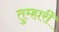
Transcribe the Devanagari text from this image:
तुम्हारीे